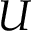
U